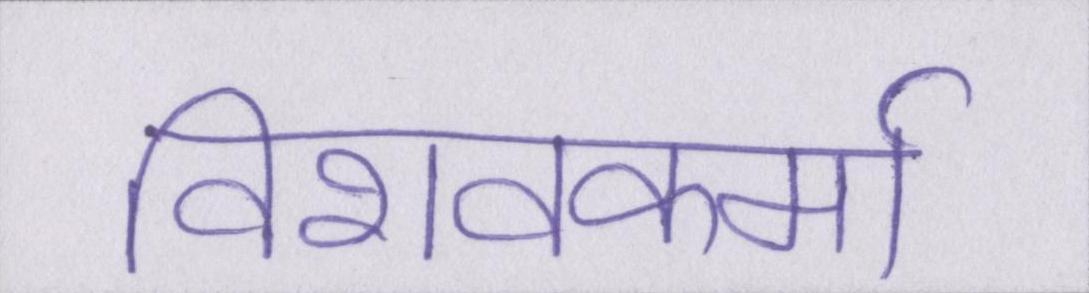
विशवकर्मा